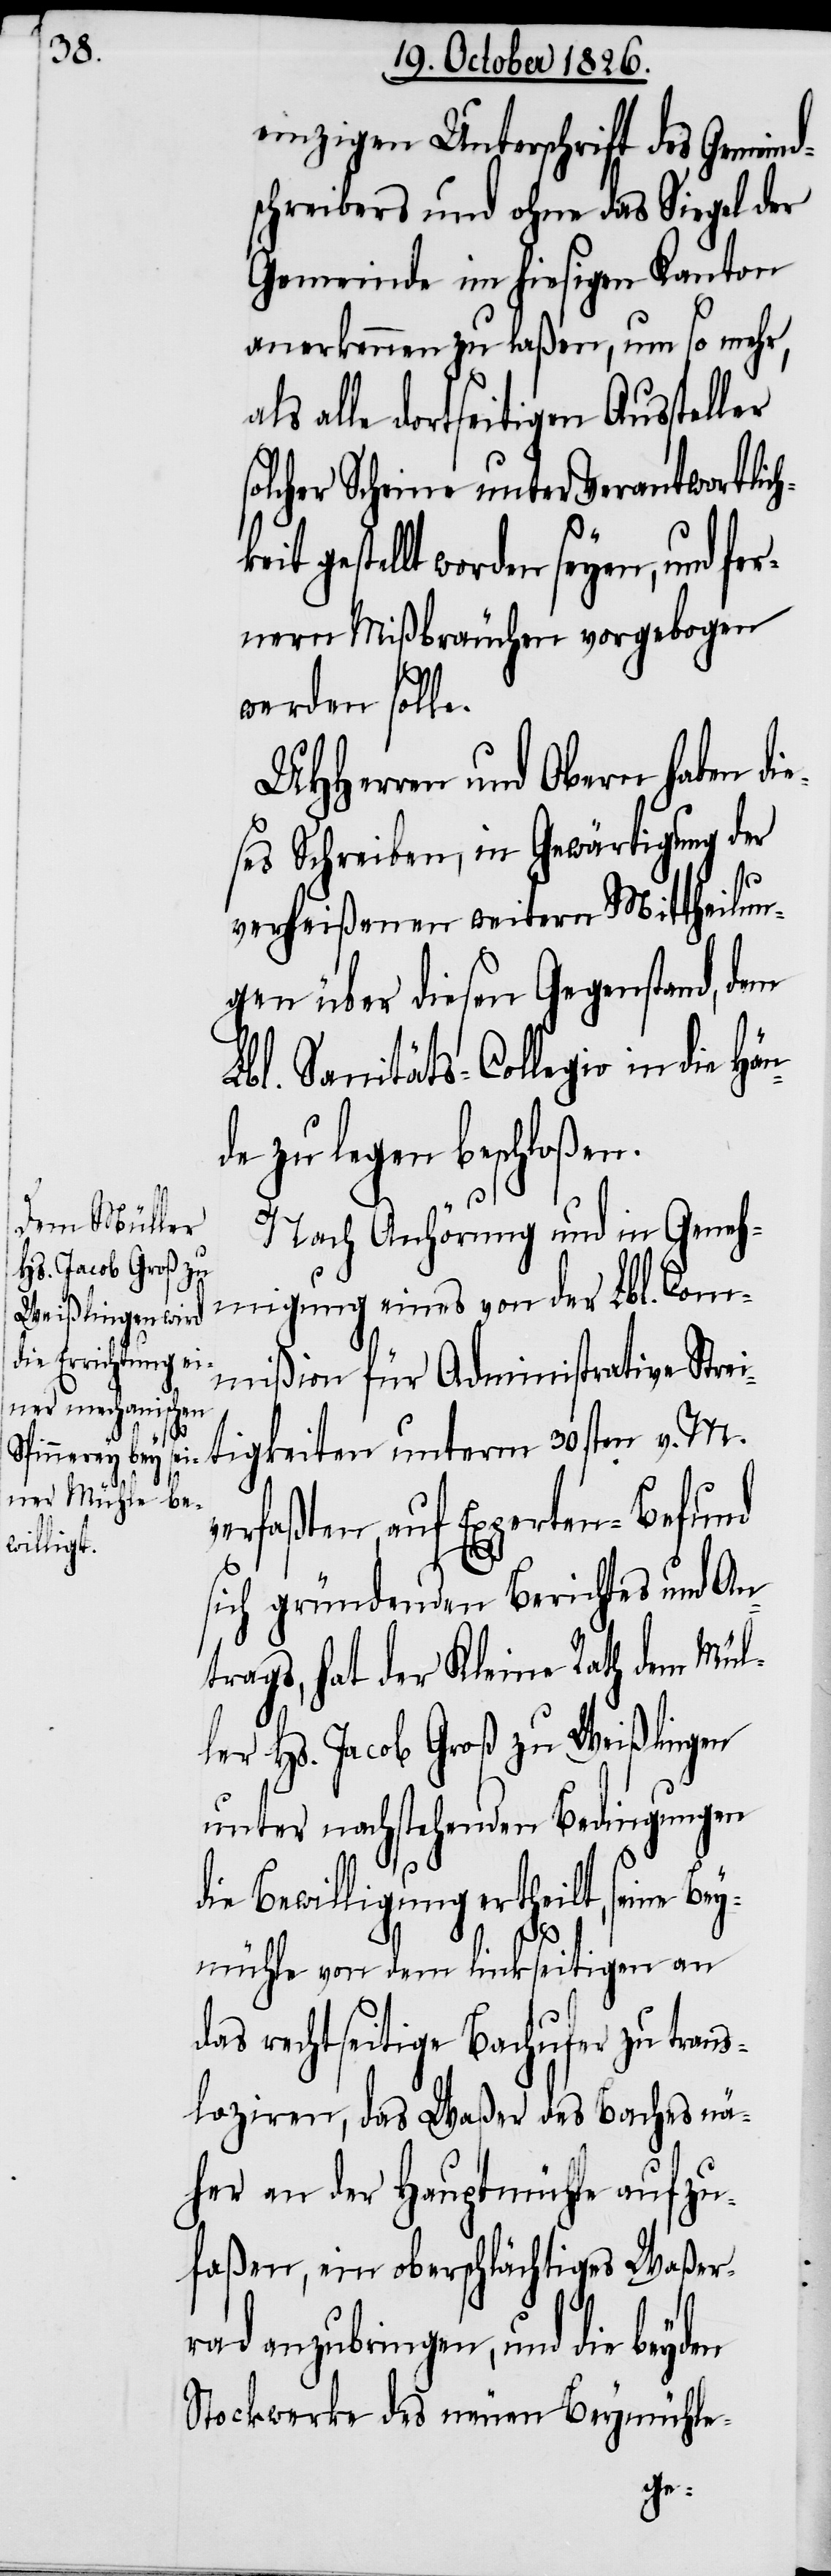
einzigen Unterschrift des Gemeind¬
schreibers und ohne das Siegel der
Gemeinde im hiesigen Kanton
anerkennen zu laßen, um so mehr,
als alle dortseitigen Aussteller
olcher Scheine unter Verantwortlic¬
stellt worden seyen, und fe¬
rnern Mißbräuchen vorgebogen
werden solle.
UHHerren und Obern haben di¬
eses Schreiben, in Gewärtigung der
verheißenen weitern Mittheilun¬
gen über diesen Gegenstand, dem
Lbl. Sanitäts-Collegio in die Hän¬
de zu legen beschloßen.
Nach Anhörung und in Geneh¬
migung eines von der Lbl. Com¬
mißion für Administrative Strei¬
tigkeiten unterm 30sten v. M.
verfaßten, auf Experten-Befund
sich gründenden Berichtes und An¬
trags, hat der Kleine Rath dem Mül¬
ler Hs. Jacob Groß zu Weißlingen
unter nachstehenden Bedingungen
die Bewilligung ertheilt, seine
Bey¬
mühle von dem linkseitigen an
das rechtseitige Bachufer zu trans¬
loziren, das Waßer des Baches nä¬
her an der Hauptmühle aufzu¬
faßen, ein oberschlächtiges Waßer¬
rad anzubringen, und die beyden
Stockwerke des neuen Beymühle-
ge¬